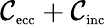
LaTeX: \mathcal{C}_{\textnormal{\scriptsize ecc}}+\mathcal{C}_{\textnormal{\scriptsize inc}}